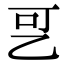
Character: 㐓